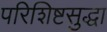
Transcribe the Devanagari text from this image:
परिशिष्टसुद्धा